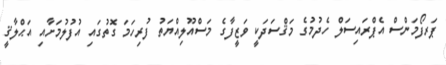
ޕަރފޯމަންސް އެޕްރައިސަލް ހެދުމުގެ މަޤްސަދަކީ ވަޒީފާގެ މަސްއޫލިއްޔަތު ފުރިހަމަ ގޮތުގައި އުފުލުމަށާއި އަޙްލާޤީ